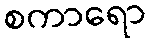
စကာရော